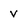
Character: v